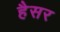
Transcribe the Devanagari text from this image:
हैसर